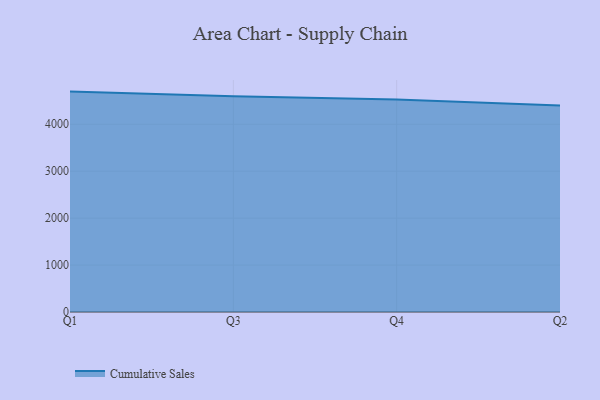
{"axis": {"x": "Quarter", "y": "Bounce Rate (%)"}, "legend": ["Cumulative Sales"], "data": [{"x": "Q1", "y": 4696.0, "type": "Cumulative Sales"}, {"x": "Q3", "y": 4594.7, "type": "Cumulative Sales"}, {"x": "Q4", "y": 4526.3, "type": "Cumulative Sales"}, {"x": "Q2", "y": 4398.3, "type": "Cumulative Sales"}]}